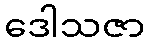
ဒေါသဇာ